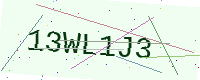
Text: 13WL1J3